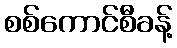
စစ်ကောင်စီခန့်